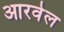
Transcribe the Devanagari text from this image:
आरवेल